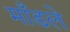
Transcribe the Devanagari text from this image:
माँडले